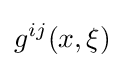
\displaystyle g^{ij}(x,\xi )